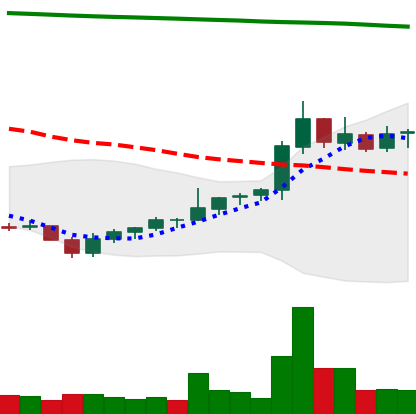
Ticker: NEO-USD
Chart end date: 2021-08-05
Forward return: 6.399%
Label: up_5_7